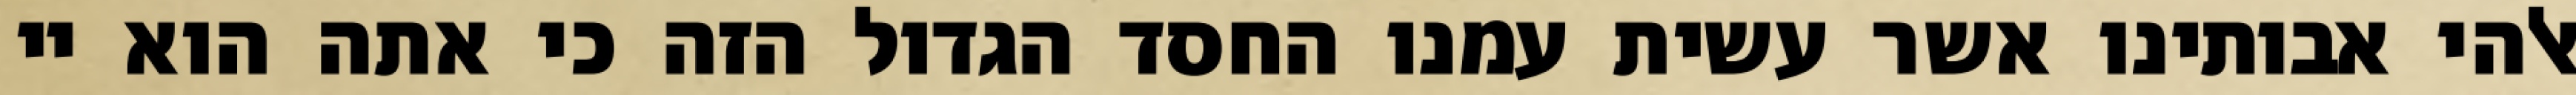
אלהי אבותינו אשר עשית עמנו החסד הגדול הזה כי אתה הוא יי